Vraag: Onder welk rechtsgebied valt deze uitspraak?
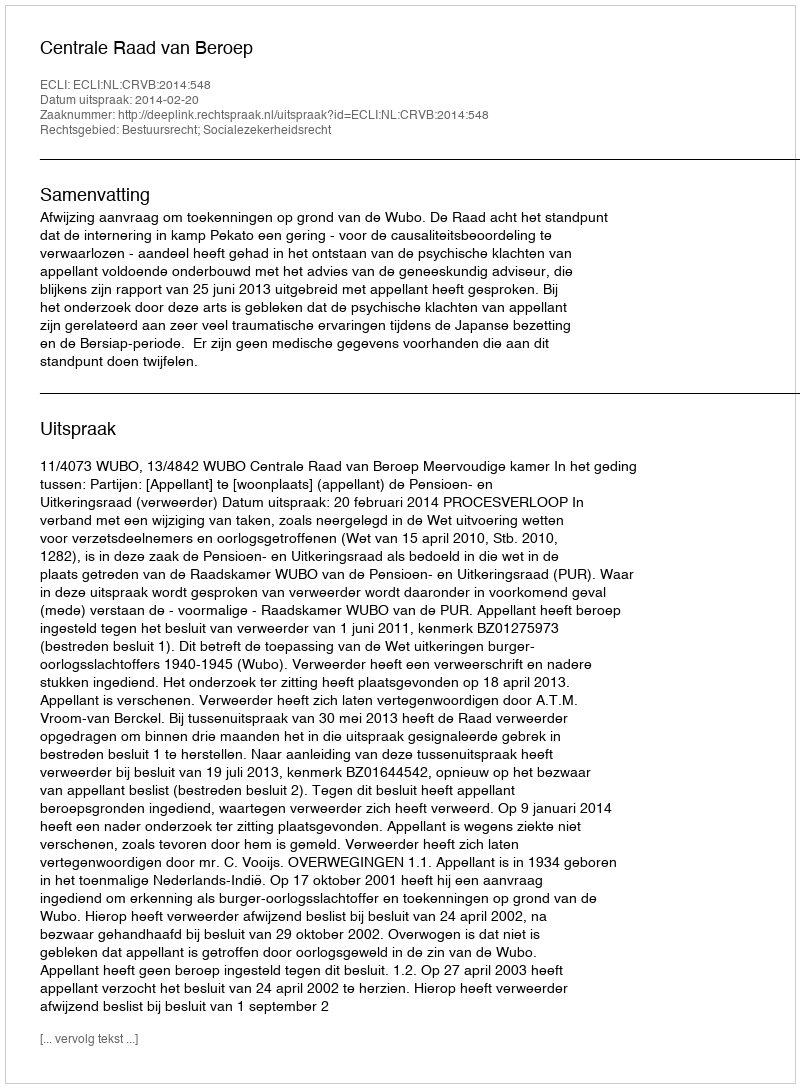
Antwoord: Bestuursrecht; Socialezekerheidsrecht